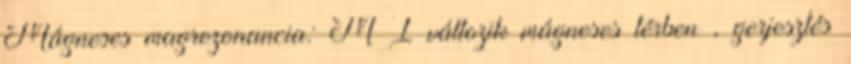
Mágneses magrezonancia: M I változik mágneses térben , gerjesztés